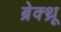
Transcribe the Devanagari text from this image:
ब्रेक्थ्रू